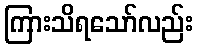
ကြားသိရသော်လည်း